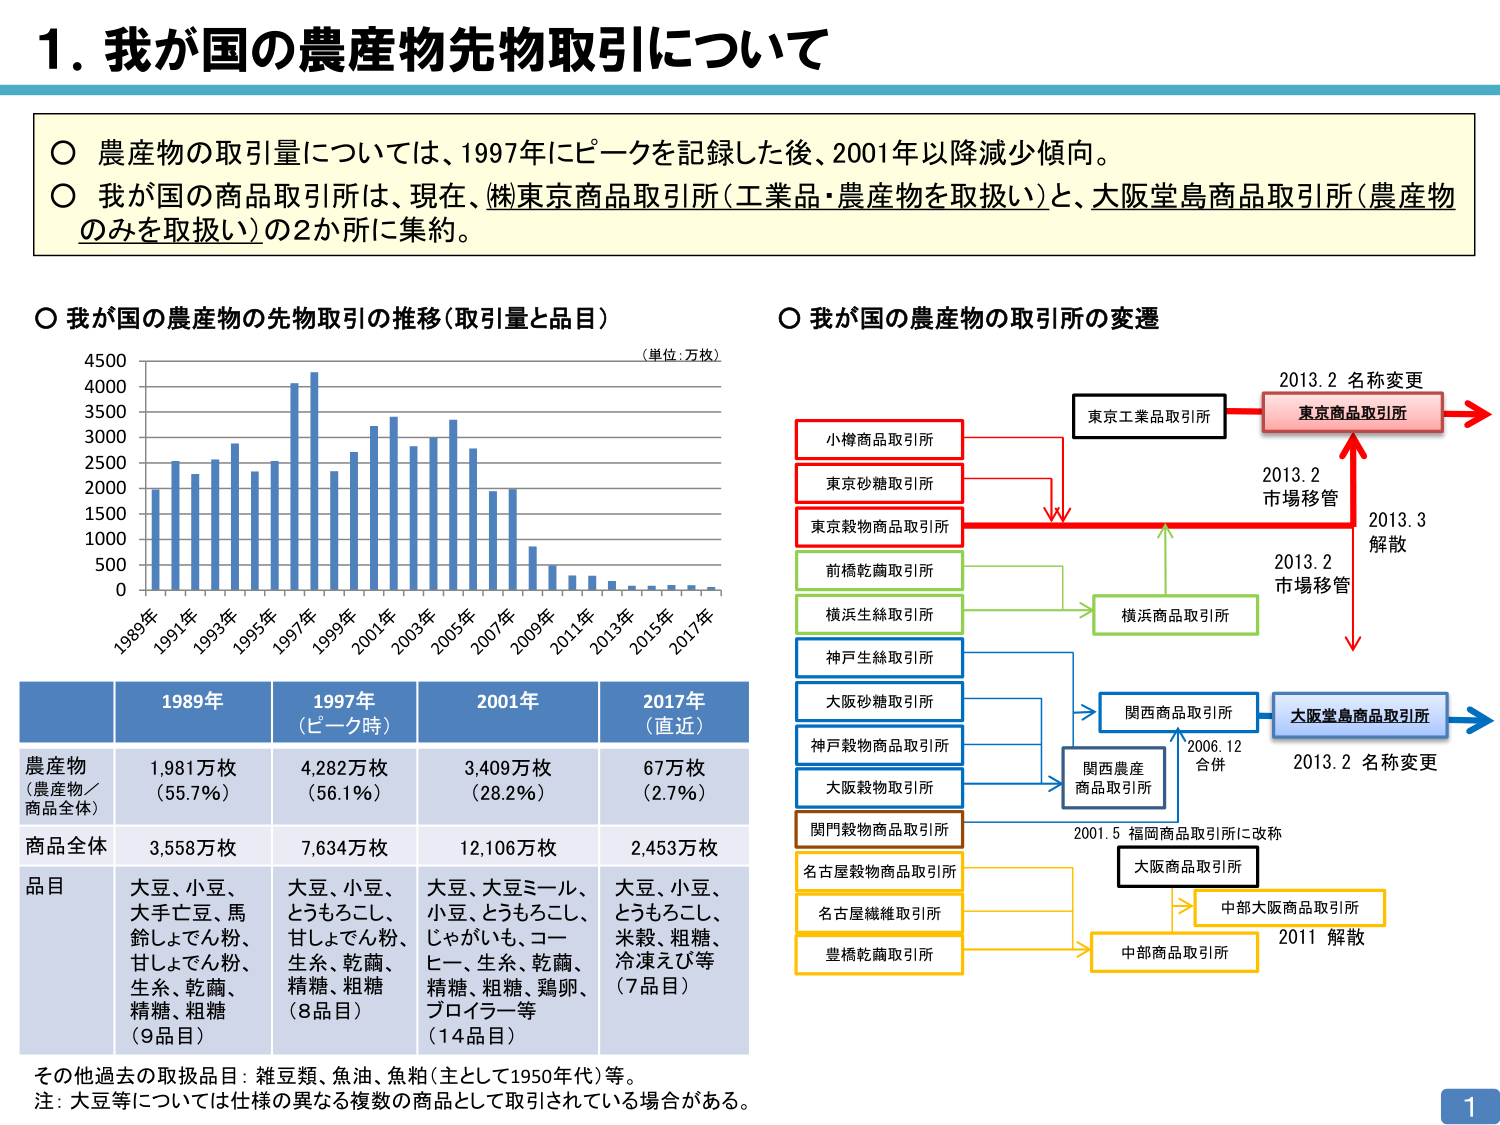
1. 我が国の農産物先物取引について

○ 農産物の取引量については、1997年にピークを記録した後、2001年以降減少傾向。
○ 我が国の商品取引所は、現在、（株）東京商品取引所（工業品・農産物を取扱い）と、大阪堂島商品取引所（農産物のみを取扱い）の2か所に集約。

○ 我が国の農産物の先物取引の推移（取引量と品目）
（単位：万枚）

1989年 1991年 1993年 1995年 1997年 1999年 2001年 2003年 2005年 2007年 2009年 2011年 2013年 2015年 2017年

1989年 1997年（ピーク時） 2001年 2017年（直近）
農産物（農産物／商品全体） 1,981万枚（55.7%） 4,282万枚（56.1%） 3,409万枚（28.2%） 67万枚（2.7%）
商品全体 3,558万枚 7,634万枚 12,106万枚 2,453万枚
品目 大豆、小豆、大手亡豆、馬鈴しでん粉、甘しでん粉、生糸、乾菌、精糖、粗糖（9品目） 大豆、小豆、とうもろこし、甘しでん粉、生糸、乾菌、精糖、粗糖（8品目） 大豆、大豆ミール、小豆、とうもろこし、じゃがいも、コーヒー、生糸、乾菌、精糖、粗糖、鶏卵、プロイラー等（14品目） 大豆、小豆、とうもろこし、米穀、粗糖、冷凍えび等（7品目）

その他過去の取扱品目：雑豆類、魚油、魚粕（主として1950年代）等。
注：大豆等については仕様の異なる複数の商品として取引されている場合がある。

○ 我が国の農産物の取引所の変遷

小樽商品取引所
東京砂糖取引所
東京穀物商品取引所
前橋乾麺取引所
横浜生絲取引所
神戸生絲取引所
大阪砂糖取引所
神戸穀物商品取引所
大阪穀物取引所
関門穀物商品取引所
名古屋穀物商品取引所
名古屋繊維取引所
豊橋乾麺取引所

東京工業品取引所 → 2013.2 名称変更 → 東京商品取引所
↓
2013.2 市場移管
↓
2013.3 解散
↓
2013.2 市場移管

横浜商品取引所

関西商品取引所 → 2006.12 合併 → 大阪堂島商品取引所
↓
2013.2 名称変更

関西農産商品取引所

2001.5 福岡商品取引所に改称 → 大阪商品取引所

中部大阪商品取引所

中部商品取引所 → 2011 解散

1